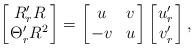
LaTeX: \begin{align*} \left[ \!\!\begin{array}{c} R'_rR \\ \Theta '_rR^2 \end{array}\!\!\right] = \left[ \!\!\begin{array}{cc} u & v \\ -v & u \end{array}\!\!\right] \left[ \!\!\begin{array}{c} u'_r \\ v'_r \end{array}\!\!\right] , \end{align*}